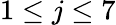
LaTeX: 1\le j\le 7